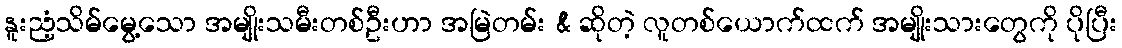
နူးညံ့သိမ်မွေ့သော အမျိုးသမီးတစ်ဦးဟာ အမြဲတမ်း & ဆိုတဲ့ လူတစ်ယောက်ထက် အမျိုးသားတွေကို ပိုပြီး